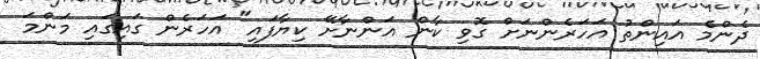
ދެންމެ އައިންތު އަހަރެންނަށް ގޮވި ކާން އަންނާށޭ ކިޔާފައި" އަހަރެން ގައިގައި މަންމަ